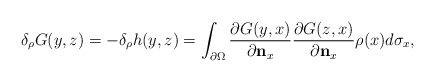
\begin{align*}\delta_\rho G(y,z)=-\delta_\rho h(y,z)=\int_{\partial \Omega}\frac{\partial G(y,x)}{\partial \mathbf{n}_x}\frac{\partial G(z,x)}{\partial \mathbf{n}_x}\rho(x)d\sigma_x,\end{align*}